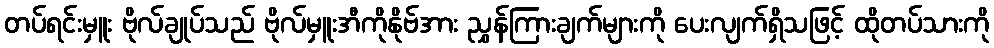
တပ်ရင်းမှူး ဗိုလ်ချုပ်သည် ဗိုလ်မှူးအီကိုနိုဗ်အား ညွှန်ကြားချက်များကို ပေးလျက်ရှိသဖြင့် ထိုတပ်သားကို